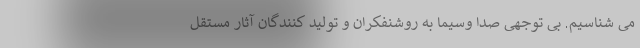
می شناسیم. بی توجهی صدا وسیما به روشنفکران و تولید کنندگان آثار مستقل